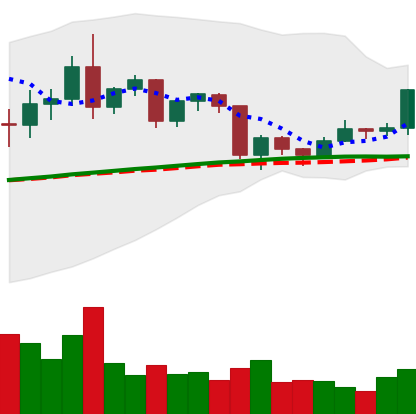
Ticker: TRX-USD
Chart end date: 2020-12-16
Forward return: -5.761%
Label: down_5_7